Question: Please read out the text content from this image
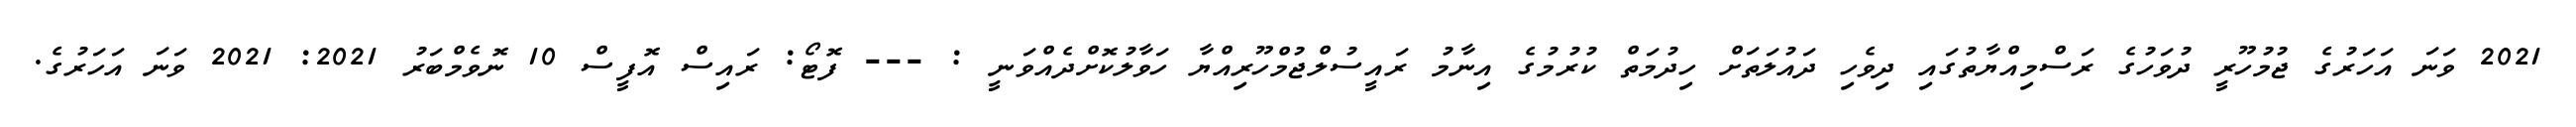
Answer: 2021 ވަނަ އަހަރުގެ ޖުމުހޫރީ ދުވަހުގެ ރަސްމިއްޔާތުގައި ދިވެހި ދައުލަތަށް ހިދުމަތް ކުރުމުގެ އިނާމު ރައީސުލްޖުމްހޫރިއްޔާ ހަވާލުކޮށްދެއްވަނީ : --- ފޮޓޯ: ރައިސް އޮފީސް 10 ނޮވެމްބަރު 2021: 2021 ވަނަ އަހަރުގެ.